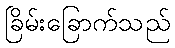
ခြိမ်းခြောက်သည်